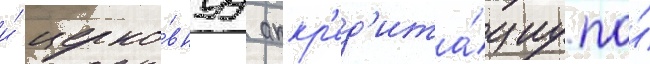
и́ церко́внуу аккр'ед'ита́циу по́